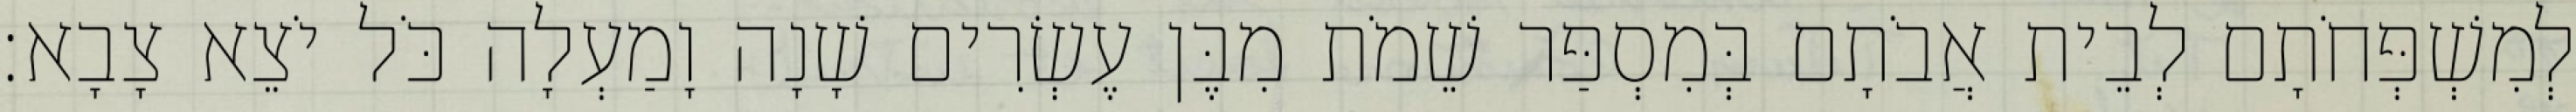
לְמִשְׁפְּחֹתָם לְבֵית אֲבֹתָם בְּמִסְפַּר שֵׁמֹת מִבֶּן עֶשְׂרִים שָׁנָה וָמַעְלָה כֹּל יֹצֵא צָבָא׃